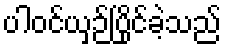
ပါဝင်ယှဉ်ပြိုင်ခဲ့သည်